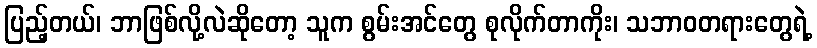
ပြည့်တယ်၊ ဘာဖြစ်လို့လဲဆိုတော့ သူက စွမ်းအင်တွေ စုလိုက်တာကိုး၊ သဘာဝတရားတွေရဲ့